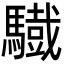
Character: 𩦕